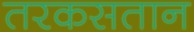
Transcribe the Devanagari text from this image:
तरकसतान